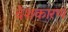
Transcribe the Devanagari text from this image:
देशकारण